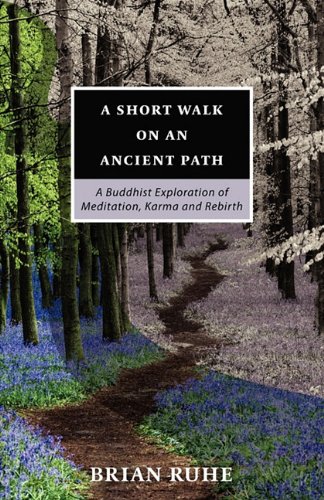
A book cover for A Short Walk On An Ancient Path - A Buddhist Exploration of Meditation, Karma and Rebirth; Brian A Ruhe; Religion & Spirituality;